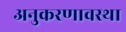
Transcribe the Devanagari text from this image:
अनुकरणावस्था